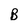
Character: B